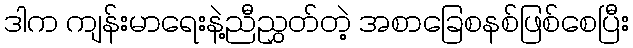
ဒါက ကျန်းမာရေးနဲ့ညီညွှတ်တဲ့ အစာခြေစနစ်ဖြစ်စေပြီး